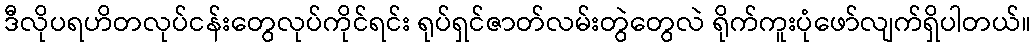
ဒီလိုပရဟိတလုပ်ငန်းတွေလုပ်ကိုင်ရင်း ရုပ်ရှင်ဇာတ်လမ်းတွဲတွေလဲ ရိုက်ကူးပုံဖော်လျက်ရှိပါတယ်။